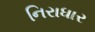
નિરાધાર